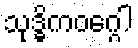
သုဒ္ဓိကဝဂ္ဂေါ